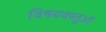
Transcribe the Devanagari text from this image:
विषयवस्‍तुओं